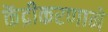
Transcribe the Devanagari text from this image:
केंद्रीकरणाने